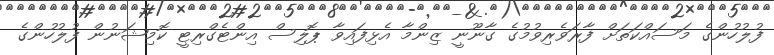
ފުލުހުންގެ މަސައްކަތަށް ފާރަވެރިވުމުގެ ގާނޫނީ ޒިންމާ އެޅިފައިވާ ޕޮލިސް އިންޓެގްރިޓީ ކޮމިޝަނުން ފުލުހުންގެ